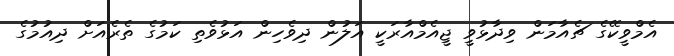
އެމްވީކޭގެ ޗެއާމަން ވިދާޅުވީ ޖީއެމްއާރަކީ އަލުން ދިވެހިން އަޅުވެތި ކަމުގެ ތެރެއަށް ދިއުމުގެ